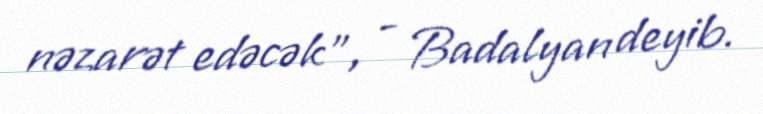
nəzarət edəcək”, - Badalyan deyib.